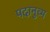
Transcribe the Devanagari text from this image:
पदानुव्म